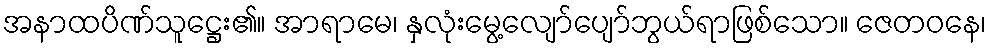
အနာထပိဏ်သူဋ္ဌေး၏။ အာရာမေ၊ နှလုံးမွေ့လျော်ပျော်ဘွယ်ရာဖြစ်သော။ ဇေတဝနေ၊